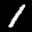
Label: 1